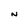
Character: N